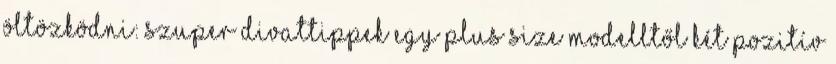
öltözködni: szuper divattippek egy plus size modelltől Két pozitív